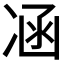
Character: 𠗙